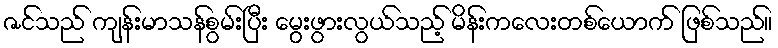
ဇင်သည် ကျန်းမာသန်စွမ်းပြီး မွေးဖွားလွယ်သည့် မိန်းကလေးတစ်ယောက် ဖြစ်သည်။